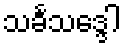
သင်္ခသဒ္ဒေါ